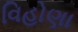
વિહોણા